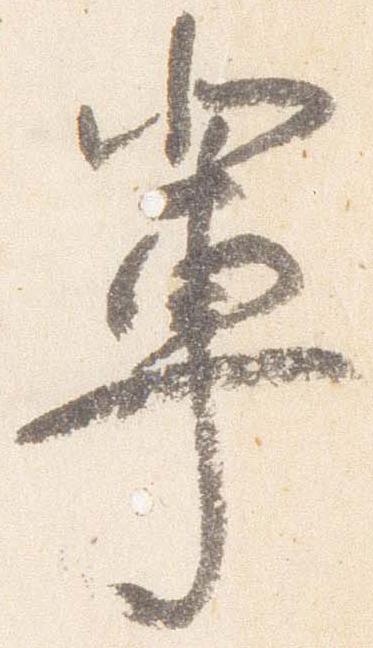
輩